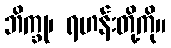
ဘိက္ခု၊ ရဟန်းတို့ကို။